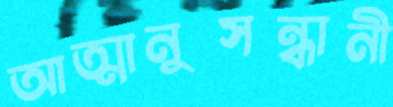
আত্মানুসন্ধানী